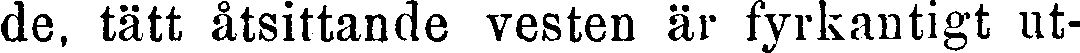
de, tätt åtsittande vesten är fyrkantigt ut-